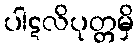
ပါဋလိပုတ္တမှိ